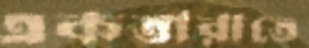
একতারাতে